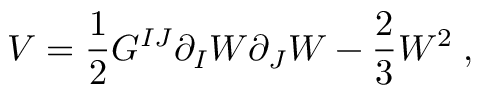
V = \frac { 1 } { 2 } G ^ { I J } \partial _ { I } W \partial _ { J } W - \frac { 2 } { 3 } W ^ { 2 } \; ,